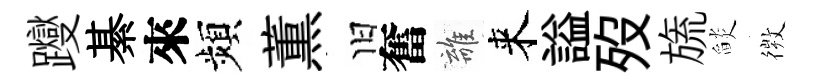
躞綦來頻薫旧奮離来謚歿旒𦦨𢕄